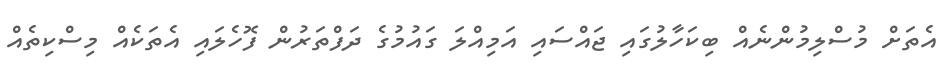
އެތަށް މުސްލިމުންނެއް ބިކަހާލުގައި ޖައްސައި އަމިއްލަ ގައުމުގެ ދަފްތަރުން ފޮހެލައި އެތަކެއް މިސްކިތެއް